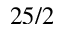
2 5 / 2